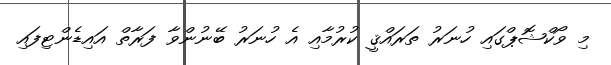
މި ވޯކްޝޮޕްގައި ހުނަރު ތަރައްޤީ ކުރުމާއި އެ ހުނަރު ބޭނުންވާ ފަރާތް އައިޑެންޓިފައި